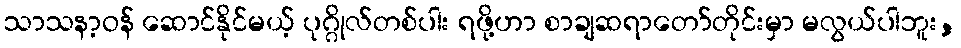
သာသနာ့ဝန် ဆောင်နိုင်မယ့် ပုဂ္ဂိုလ်တစ်ပါး ရဖို့ဟာ စာချဆရာတော်တိုင်းမှာ မလွယ်ပါဘူး,